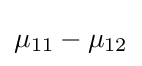
\mu _{11}-\mu _{12}